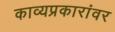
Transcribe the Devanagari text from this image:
काव्यप्रकारांवर